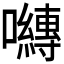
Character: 𭌯